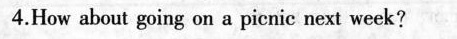
4.How about going on a picnic next week?